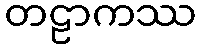
တဠာကဿ